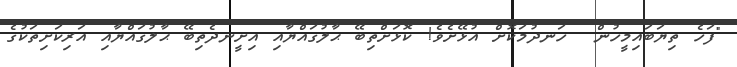
"ފަހެ ތިޔަބައިމީހުން  ހަނދުމަކޮށް އުޅޭށެވެ! ކޮޅަށްތިބޭ ޙާލުގައްޔާއި އިށީނދެތިބޭ ޙާލުގައްޔާއި އަރިކަށިތަކުގެ